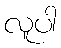
လူပါ